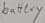
Text: battery